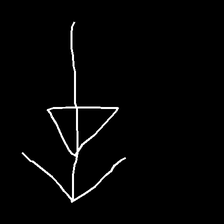
Glyph: pull